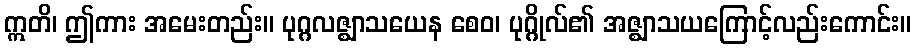
ဣတိ၊ ဤကား အမေးတည်း။ ပုဂ္ဂလဇ္ဈာသယေန စေဝ၊ ပုဂ္ဂိုလ်၏ အဇ္ဈာသယကြောင့်လည်းကောင်း။